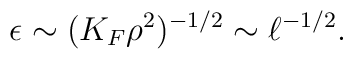
\epsilon \sim (K_F\rho^2)^{-1/2}\sim \ell^{-1/2}.